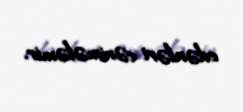
edənləri cərimələmir.